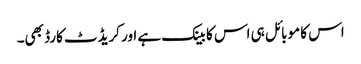
اس کا موبائل ہی اس کا بینک ہے اور کریڈٹ کارڈ بھی۔